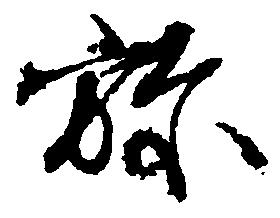
弥